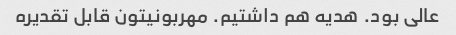
عالی بود. هدیه هم داشتیم. مهربونیتون قابل تقدیره